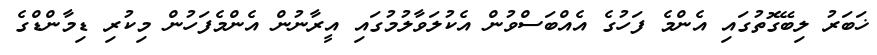
ޚަބަރު ލިބޭގޮތުގައި އެންމެ ފަހުގެ އެއްބަސްވުން އެކުލަވާލުމުގައި އީރާނުން އެންމެފަހުން މިކުރި ޑިމާންޑްގެ